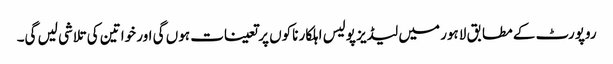
روپورٹ کے مطابق لاہور میں لیڈیز پولیس اہلکار ناکوں پر تعینات ہوں گی اور خواتین کی تلاشی لیں گی۔